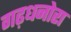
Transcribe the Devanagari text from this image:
गढ़धनोरा